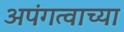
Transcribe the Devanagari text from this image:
अपंगत्वाच्या